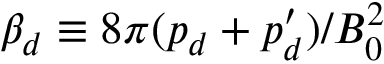
\beta _ { d } \equiv 8 \pi ( p _ { d } + p _ { d } ^ { \prime } ) / B _ { 0 } ^ { 2 }